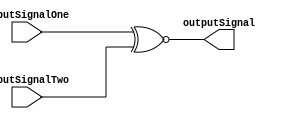
/**************************************************************************************************
*                  <2019> Interceptor
*          Please refer to license.txt for the 
*          legal contents of this software build
***************************************************************************************************
*Project:          Verilog Modules
*Description:      This file takes two inputs and outputs the XNOR output of them
***************************************************************************************************
*Change History:
*   Version        Date            Author          Description
*   -------        ----            ------          -----------
*   1.0            29/01/18        Rubber-Duck-999 Creation of file
*
***************************************************************************************************
*Logic table:
*   Input 1  |     Input 2    |    Output
*   -----    |     -----      |    ------
*     0      |       0        |       1
*     0      |       1        |       0
*     1      |       0        |       0
*     1      |       1        |       1
*
***************************************************************************************************
*Parameters:
*   Name           Direction       Description
*   ----           ---------       ----
*   inputSignalOne Input           This is the first  input signal
*   inputSignalTwo Input           This is the second input signal
*   outputSignal   Output          This is the output boolean signal 
*
***************************************************************************************************/
module XNOR
(
    inputSignalOne,
    inputSignalTwo,
    outputSignal
);

input  inputSignalOne;
input  inputSignalTwo;

output outputSignal;

assign outputSignal = (inputSignalOne ~^ inputSignalTwo);

endmodule